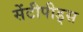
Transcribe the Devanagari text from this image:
सेंटीपीड्स